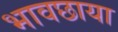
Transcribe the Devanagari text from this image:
भावछाया